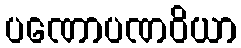
ပဏောပဏဝိယာ